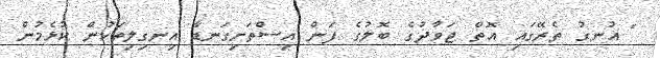
" އުނގު ތެރޭގައި އޮތް ޖަވާދުގެ ބޮލުގެ ފަން އިސްތަށިގަނޑާ އިނގިލިތަކުން ކުޅެމުން